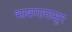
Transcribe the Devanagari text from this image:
भाषणापासून